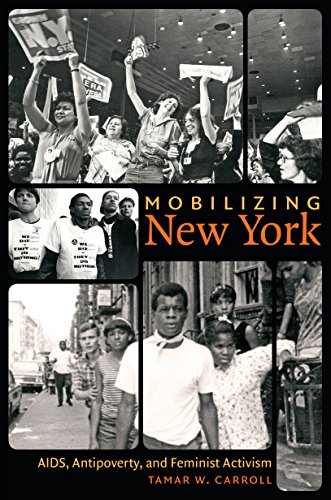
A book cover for Mobilizing New York: AIDS, Antipoverty, and Feminist Activism (Gender and American Culture); Tamar W. Carroll; Gay & Lesbian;